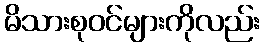
မိသားစုဝင်များကိုလည်း